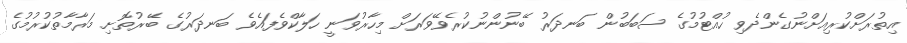
އިތުރަށްކުރިއަށްނުގެންދެވި ހުއްޓުމުގެ ސަބަބުން ބަނދަރު ބޭނުންނުކުރެވޭވަރަށް މިހާރުވަނީ ހަލާކްވެފައެވެ ބަނދަރުގެ ބޭރުތޮށި މަރާމާތުކުރުމުގެ